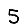
Digit: 5